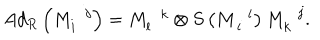
A d _ { R } \left( M _ { i } ^ { \, \, \, \, j } \right) = M _ { l } ^ { \, \, \, \, k } \otimes S \left( M _ { \, i } ^ { \, \, \, \, l } \right) M _ { k } ^ { \, \, \, \, j } .